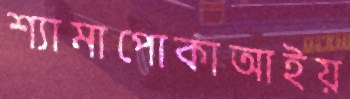
শ্যামাপোকাআইয়